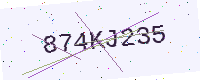
Text: 874KJ235